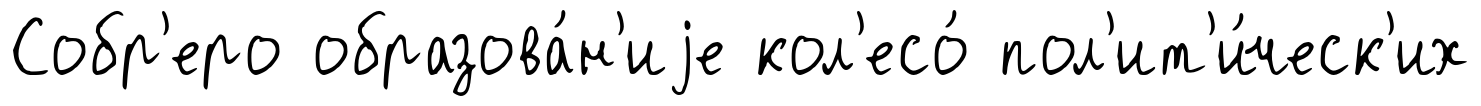
Собр'еро образова́н'иjе кол'есо́ пол'ит'и́ческ'их